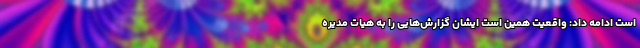
است ادامه داد: واقعیت همین است ایشان گزارش‌هایی را به هیات مدیره